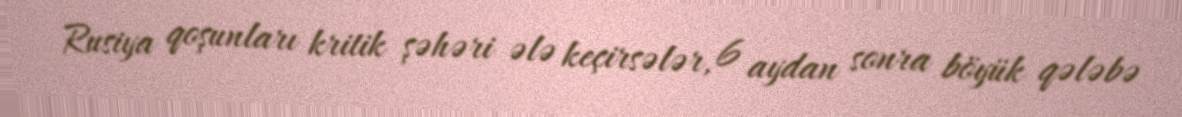
Rusiya qoşunları kritik şəhəri ələ keçirsələr, 6 aydan sonra böyük qələbə